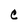
Character: C